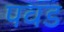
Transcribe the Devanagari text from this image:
पवड